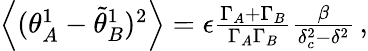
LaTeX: \begin{array}{r}{\left\langle({\theta}_{A}^{1}-\tilde{\theta}_{B}^{1})^{2}\right\rangle=\epsilon{\frac{{\Gamma}_{A}+{\Gamma}_{B}}{\Gamma_{A}\Gamma_{B}}}\frac{\beta}{\delta_{c}^{2}-\delta^{2}}\, ,}\end{array}